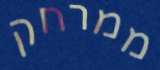
ממרחק